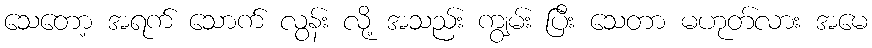
သေတော့ အရက် သောက် လွန်း လို့ အသည်း ကျွမ်း ပြီး သေတာ မဟုတ်လား အမေ